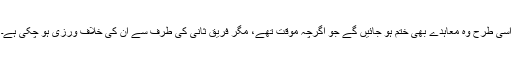
اِسی طرح وہ معاہدے بھی ختم ہو جائیں گے جو اگرچہ موقت تھے، مگر فریق ثانی کی طرف سے اُن کی خلاف ورزی ہو چکی ہے۔